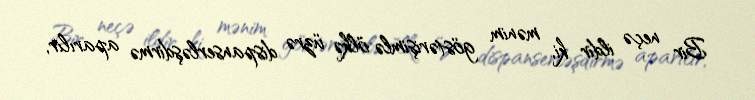
Bir neçə ildir ki, mənim göstərişimlə ölkə üzrə dispanserləşdirmə aparılır,